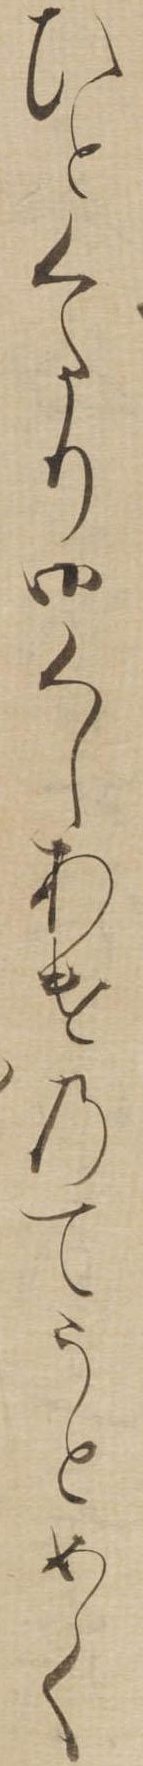
ひとくたり御くしあけのてうとめく